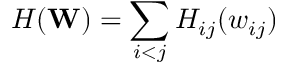
H ( \mathbf { W } ) = \sum _ { i < j } H _ { i j } ( w _ { i j } )